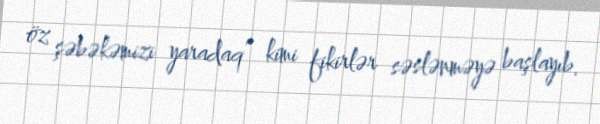
öz şəbəkəmizi yaradaq” kimi fikirlər səslənməyə başlayıb.